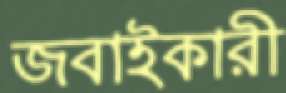
জবাইকারী